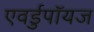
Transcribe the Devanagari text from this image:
एवर्डुपॉयज